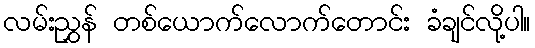
လမ်းညွှန် တစ်ယောက်လောက်တောင်း ခံချင်လို့ပါ။